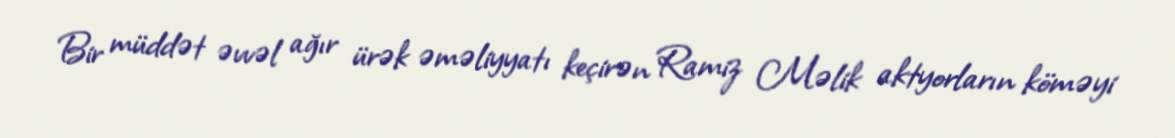
Bir müddət əvvəl ağır ürək əməliyyatı keçirən Ramiz Məlik aktyorların köməyi